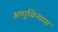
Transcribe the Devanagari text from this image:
अणुविन्यास